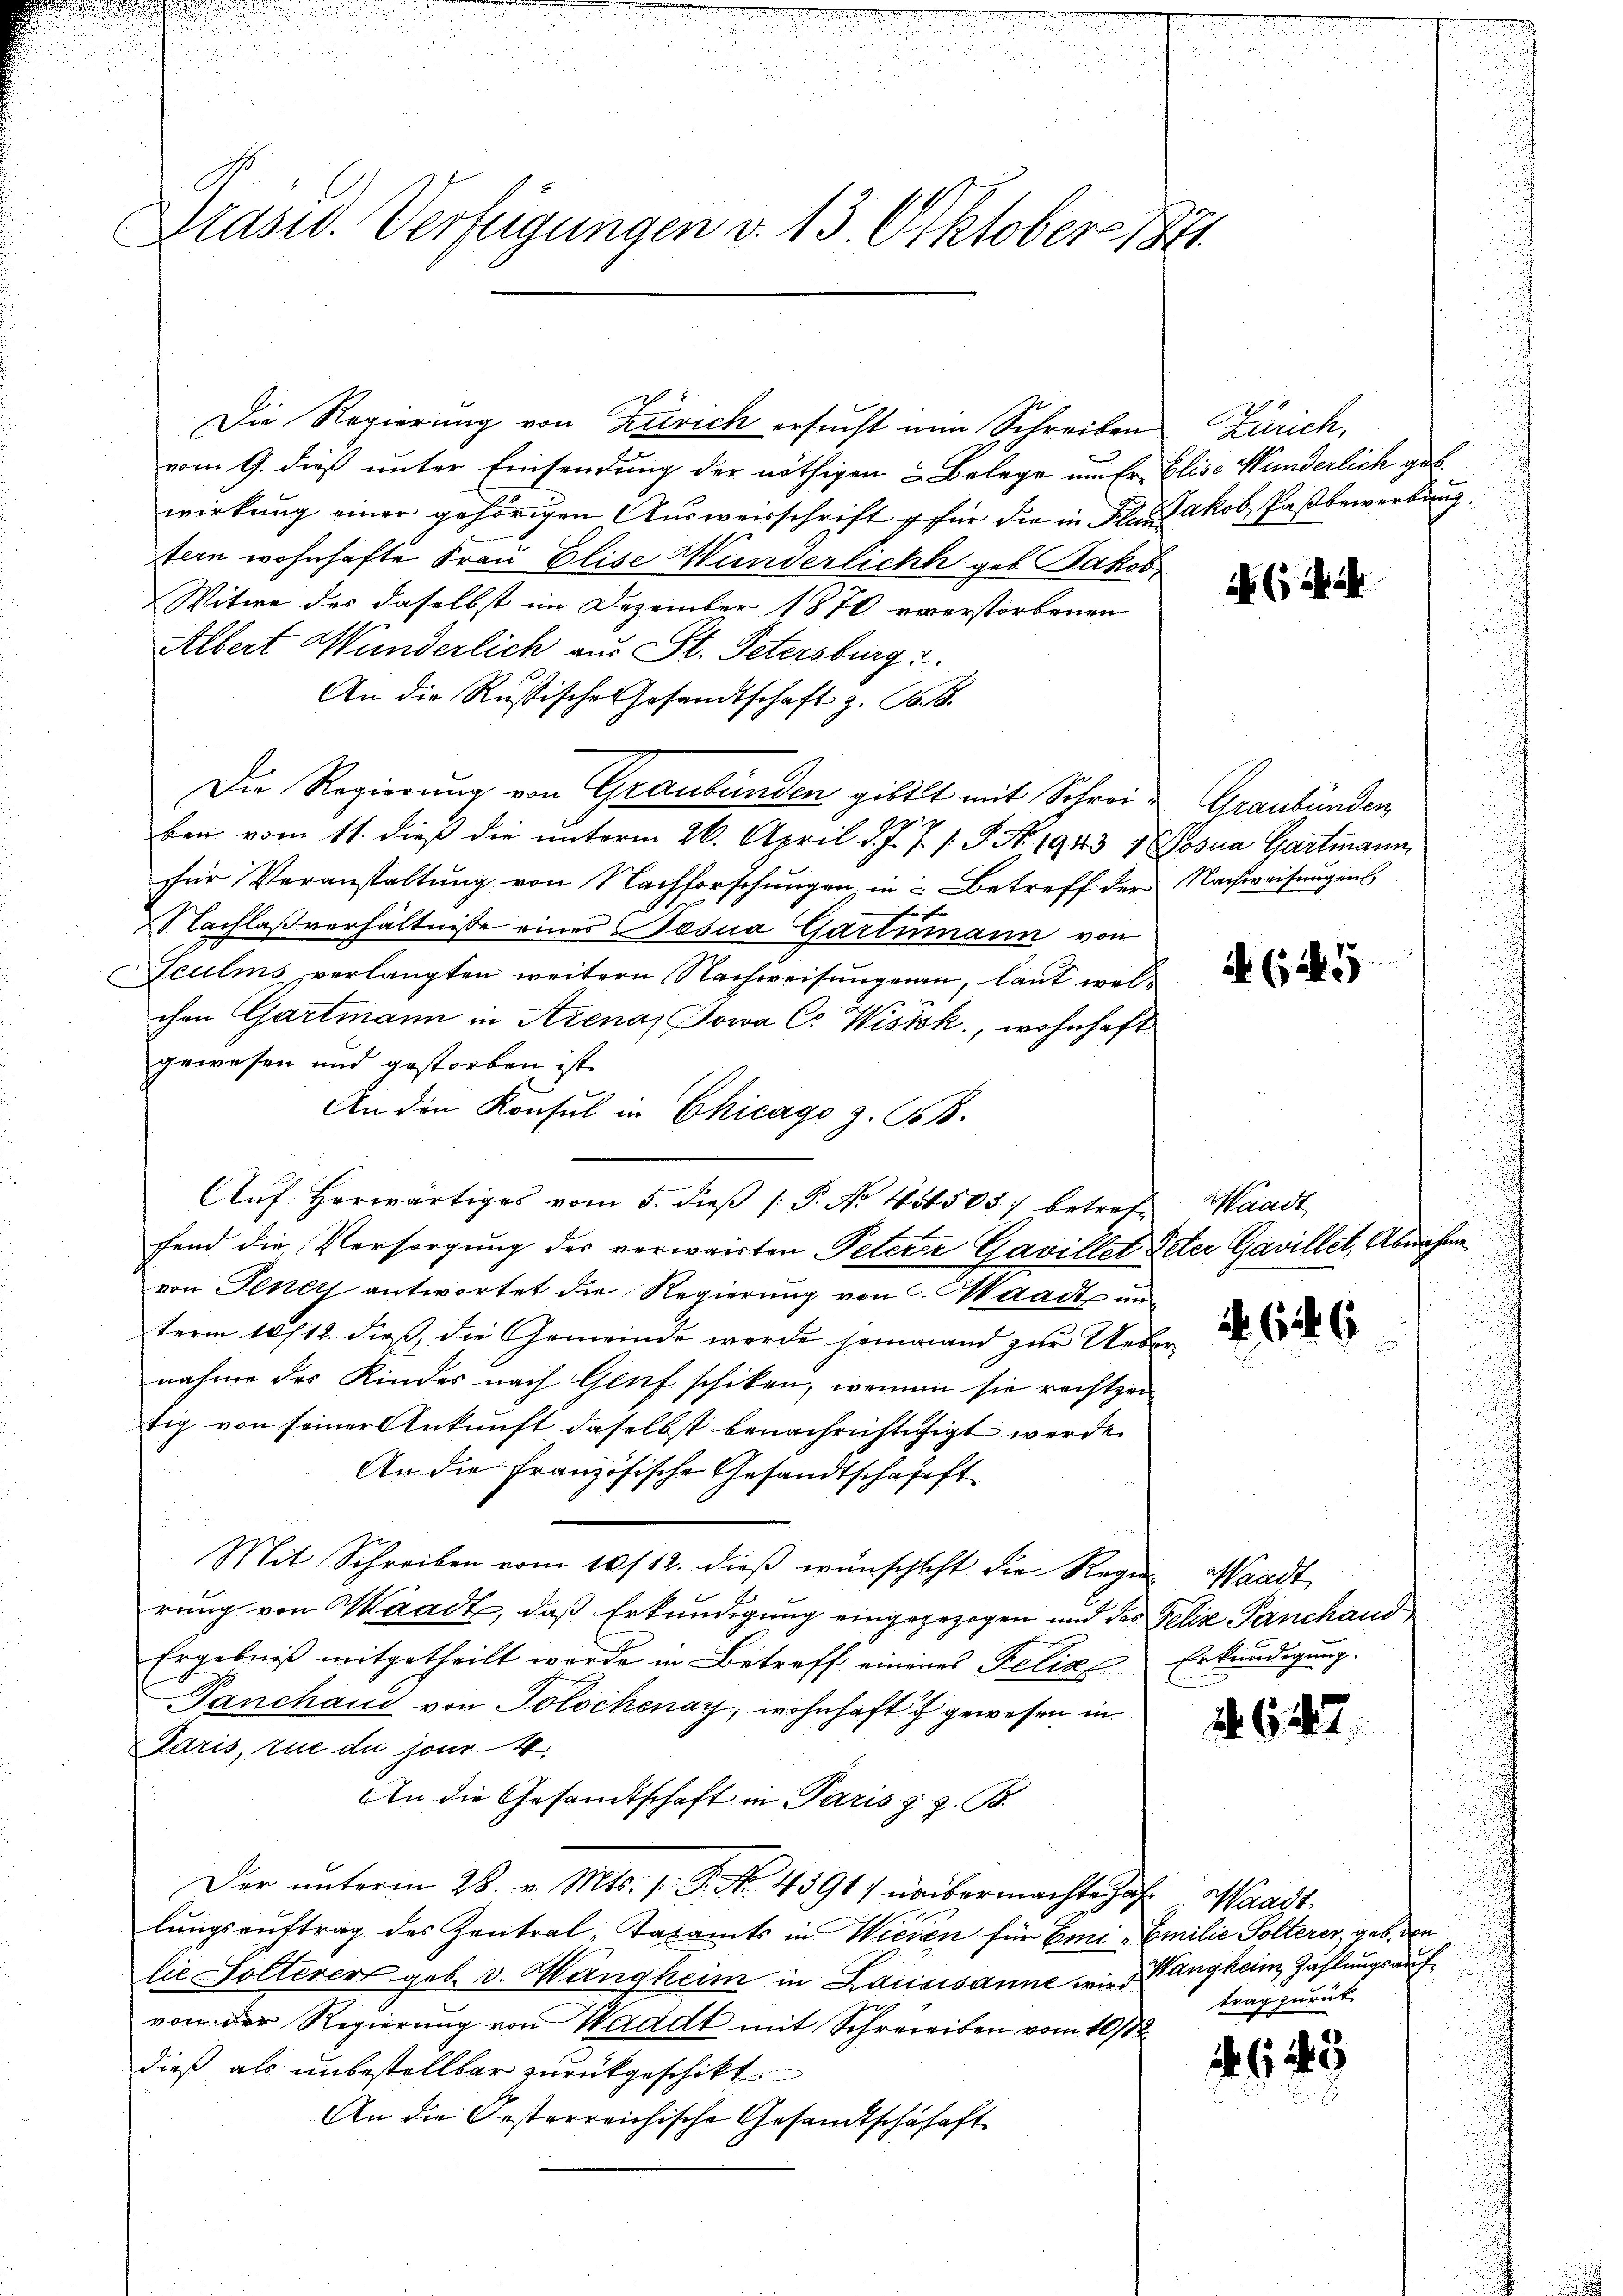
Präsid. Verfügungen v. 13. Oktober 1881.

Die Regierung von Zürich ersucht ein Schreiben
vom 9. dieß unter Einsendung der nöthigen & Belege um Er Elise Wunderlich geb.
wirkung einer gehörigen Ausweisschrift für die in Flur Jakob Paßbewerbung
tern wohnhafte Frau Elise Wunderlicht geb. Jakob
Witwe des daselbst im Dezember 1870 verstorbenen
Albert Münderlich aus St. Petersburg u.
An die Rußische Gesandtschaft z. B. B.
Die Regierung von Graubünden gibt mit Schreiben vom 11. dieß die unterm 26. April d. J. J. J. P. No. 1943 1 (Posna Gartmann
für Veranstaltung von Nachforschungen, in Betreff der Nachweisungens
Nachlaßverhältnisse eines Gesua Gartmann von
Teulms verlangten weitern Nachweisungenen, laut welchen Gartmann in Arena Sowa C. Wisik, wohnhaft
gewesen und gestorben ist.
An den Konsul in Chicago z. B.
Aŭf. herwärtiges vom 5. dieβ (: P. Nr. 454503) betreff Waadt
fend die Versorgung der verwairten Petere Gavillet Peter Gavillet, Abnahme
von Gener antwortet die Regierung von Waadt unterm 10/12. dieß, die Gemeinde werde seinwand zur Uebernahme des Kindes nach Genf schiken, wennen sie rechtzeitig von seiner Ankunft daselbst benachrichtigt werde.
An die Französische Gesandtschafft
Mit Schreiben vom 10/12. dieβ wünschlecht die Regier Waadt,
rung von Waadt, daß Erkundigung eingegezogen und das Felix Panchand
Ergebniß mitgetheilt werde in Betreff einenes Felix Erkundigung.
Panchaus von Tolschenay, wohnhaft u gewesen in
Paris, zue du jour 4.
An die Gesandtschaft in Paris s. z. B.
Der unterm 28. v. Mts. f. G. No. 4391) unübermachte das Waadt
lungsauftrag des Zentral-Taxamts in Wieden für Emi, Emilie Polterer geb. den
lie Solterer geb. v. Wangheim in Lausanne wie Wang kein Zahlungsaufvon der Regierung von Waadt mit Schreieiben vom 10ten
dieß als unbestellbar zurückgeschikt.
An die Oesterreichische Gesandtschhaft

Zürich,

Graubünden

(A

4. 644. 6

2. 627

64

trag zurück.

15